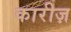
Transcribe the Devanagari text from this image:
कारीज़